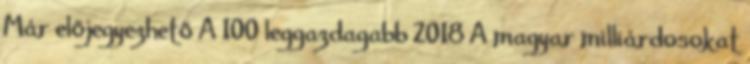
Már előjegyezhető A 100 leggazdagabb 2018 A magyar milliárdosokat